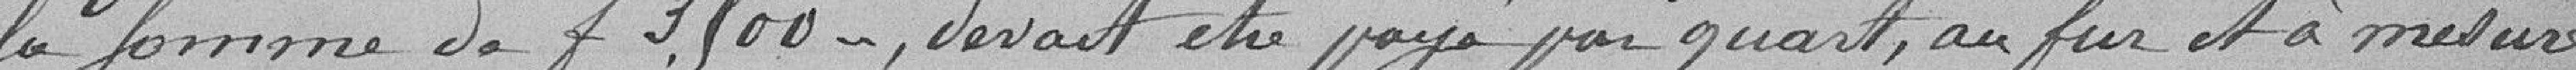
la somme de F 3500, devait être payé par quart, au fur et à mesure